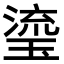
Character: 瑬